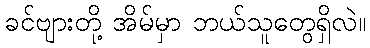
ခင်ဗျားတို့ အိမ်မှာ ဘယ်သူတွေရှိလဲ။